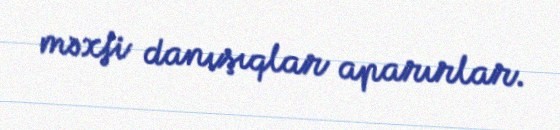
məxfi danışıqlar aparırlar.